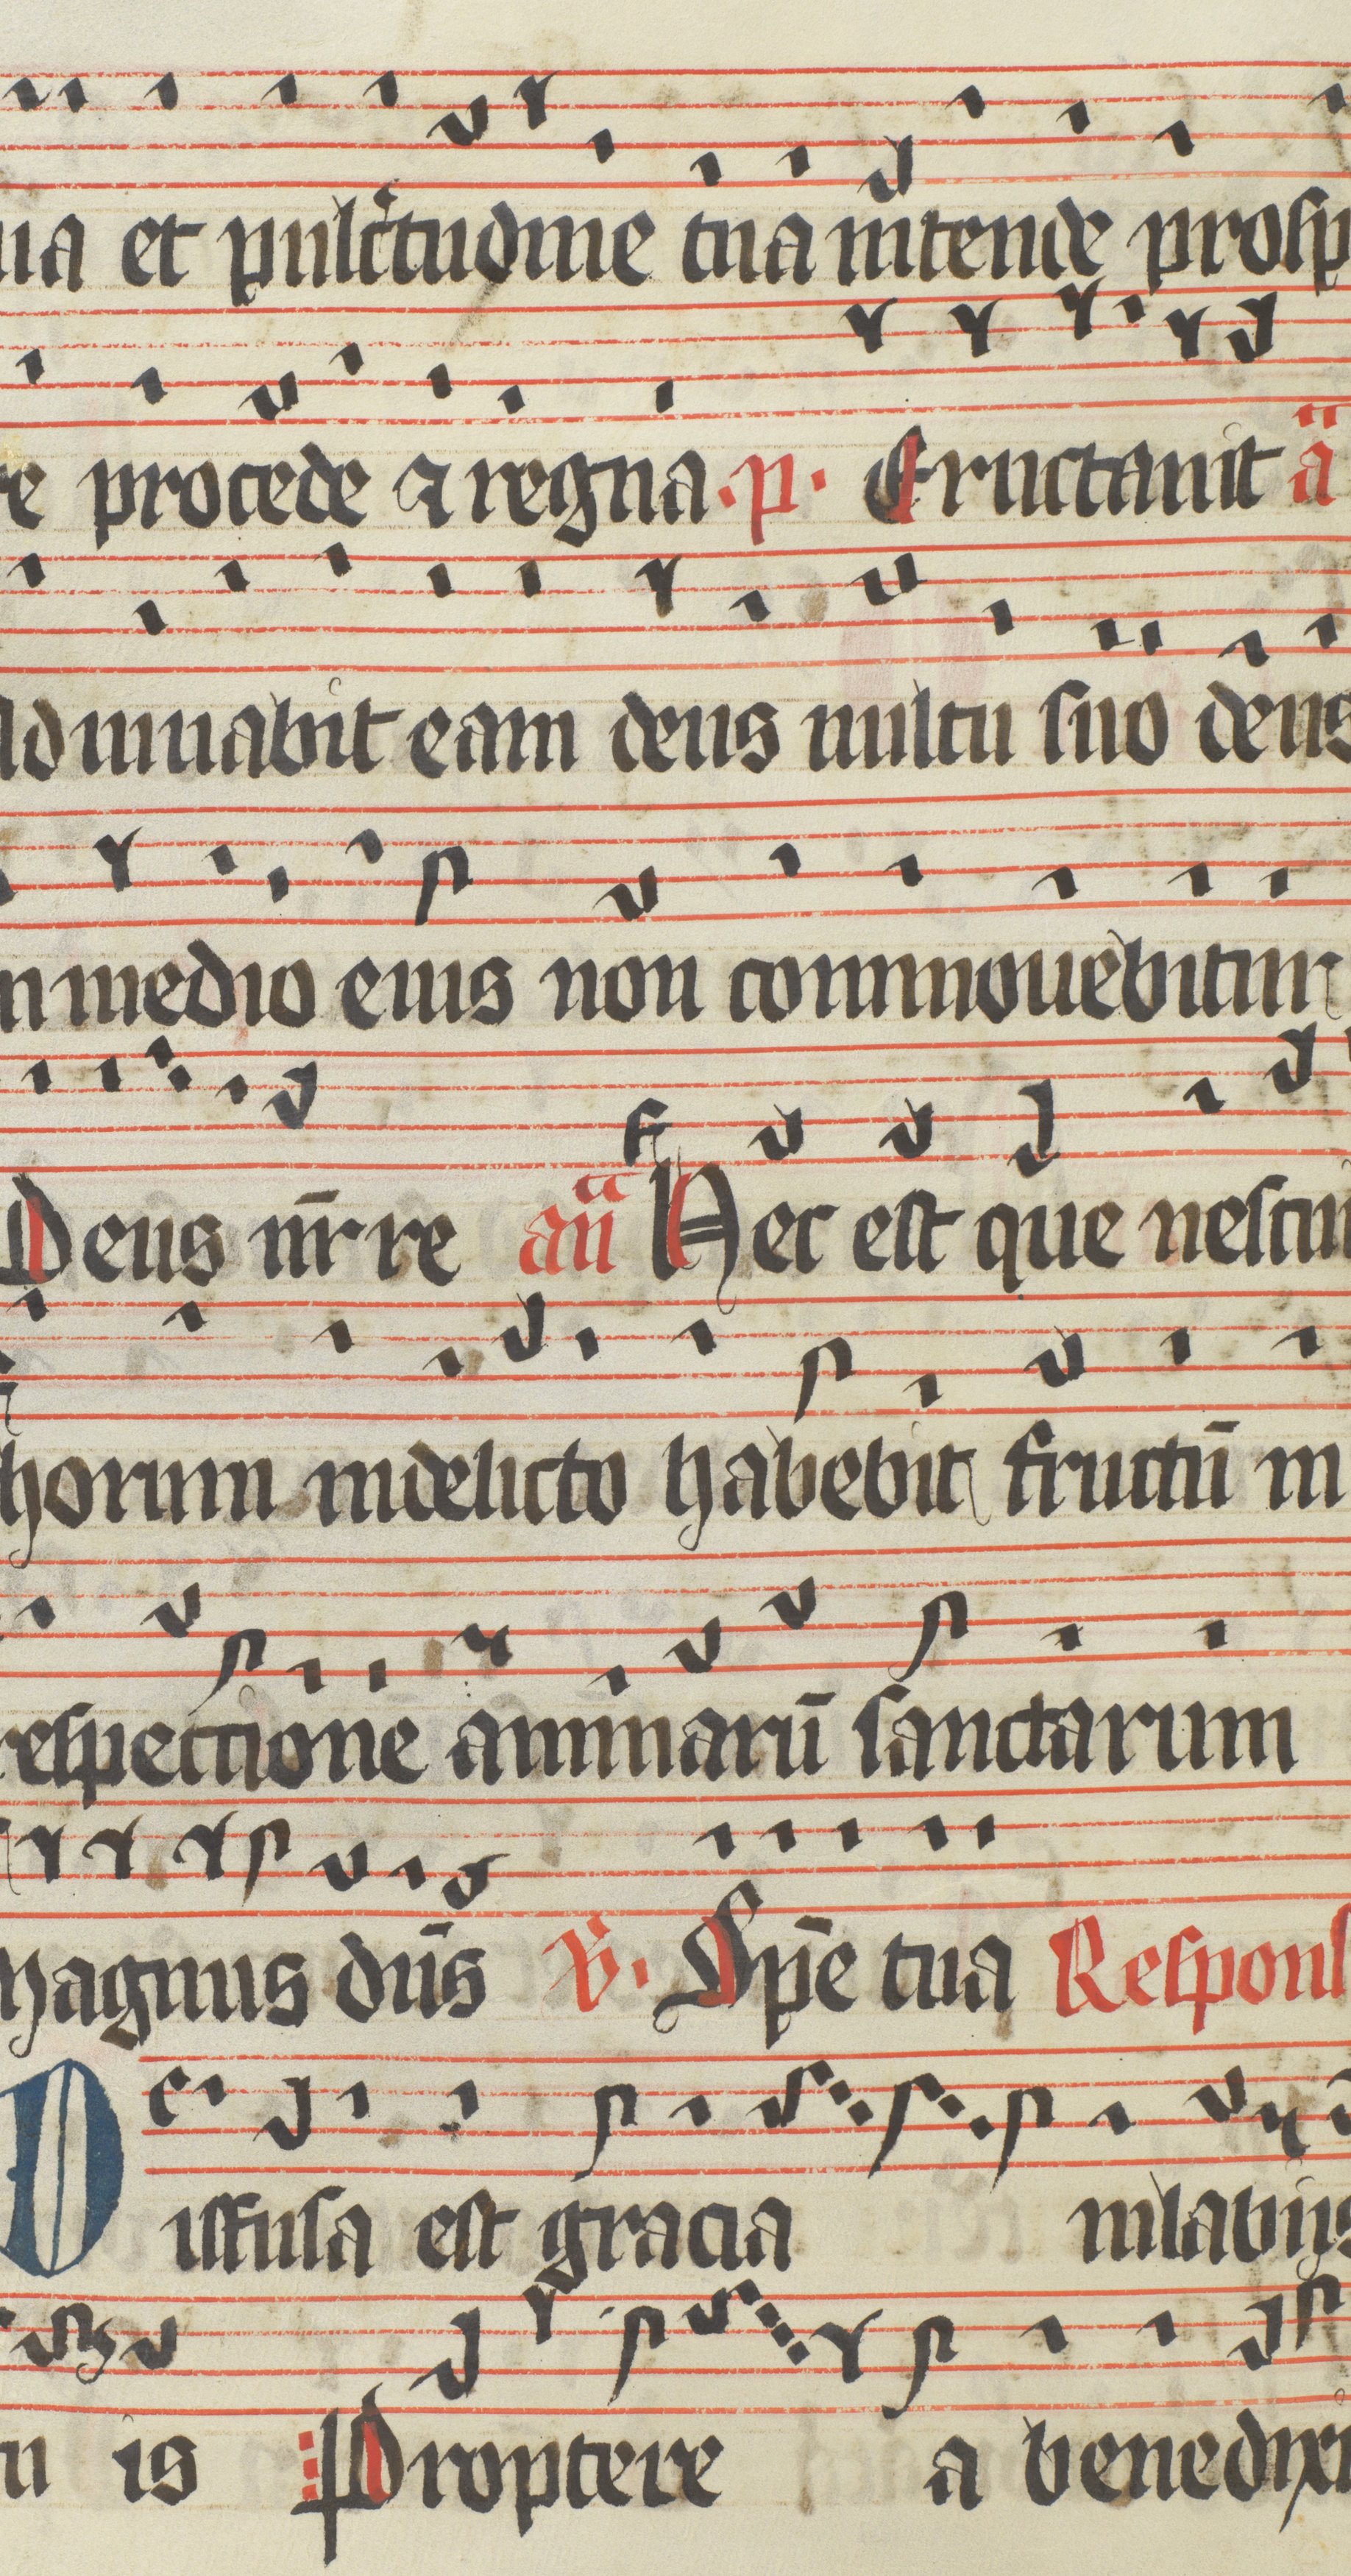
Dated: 1400–1499